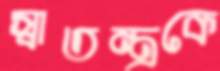
স্বাতন্ত্রকে